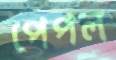
পেপল